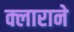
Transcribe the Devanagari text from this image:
क्लाराने